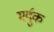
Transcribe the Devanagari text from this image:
मर्दुक